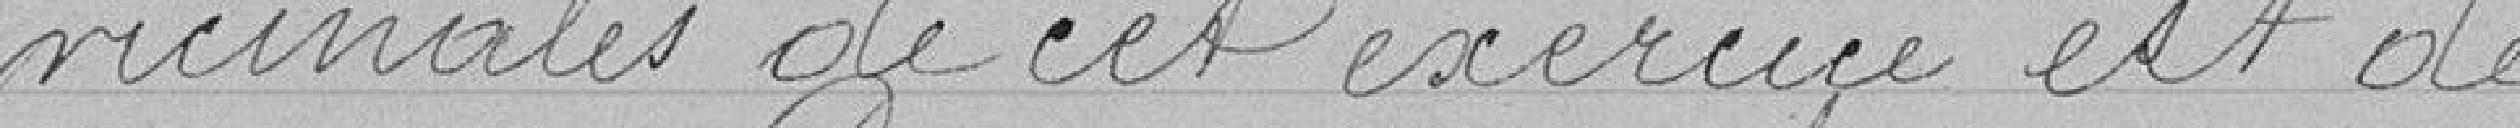
vicinales de cet exercice est de